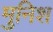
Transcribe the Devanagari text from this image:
मुनिश